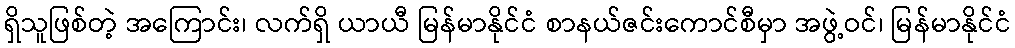
ရှိသူဖြစ်တဲ့ အကြောင်း၊ လက်ရှိ ယာယီ မြန်မာနိုင်ငံ စာနယ်ဇင်းကောင်စီမှာ အဖွဲ့ဝင်၊ မြန်မာနိုင်ငံ